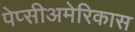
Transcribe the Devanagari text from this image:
पेप्सीअमेरिकास